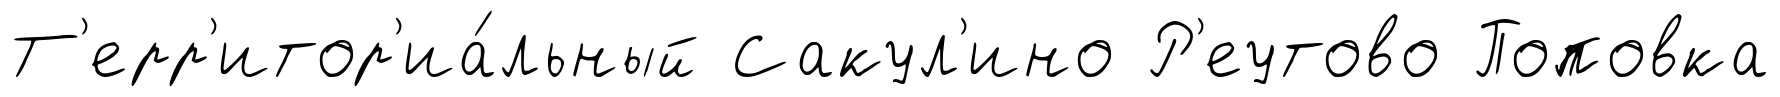
Т'ерр'итор'иа́льный Сакул'ино Р'еутово Поповка